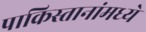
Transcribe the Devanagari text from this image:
पाकिस्तानांमध्ये